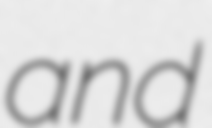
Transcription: and